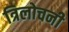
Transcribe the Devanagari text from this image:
त्रिलोचनी